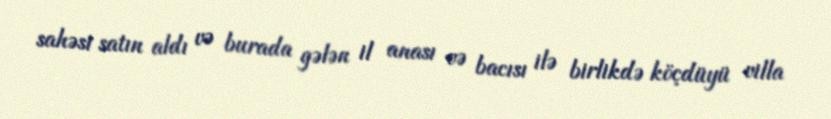
sahəsi satın aldı və burada gələn il anası və bacısı ilə birlikdə köçdüyü villa